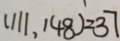
( 1 1 1 , 1 4 8 ) = 3 7